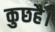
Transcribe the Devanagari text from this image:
कुछहै।